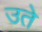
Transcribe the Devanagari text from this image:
उते